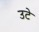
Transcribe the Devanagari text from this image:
उटे